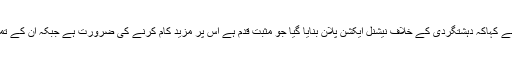
جمعہ کو پارلیمنٹ ہاؤس کے باہر میڈیا سے گفتگو کرتے ہوئے انہوں نے کہاکہ دہشتگردی کے خلاف نیشنل ایکشن پلان بنایا گیا جو مثبت قدم ہے اس پر مزید کام کرنے کی ضرورت ہے جبکہ ان کے تمام نکات پر عمل کرنا ہوگا تاکہ ملک سے دہشتگردی کا خاتمہ ہوسکے۔